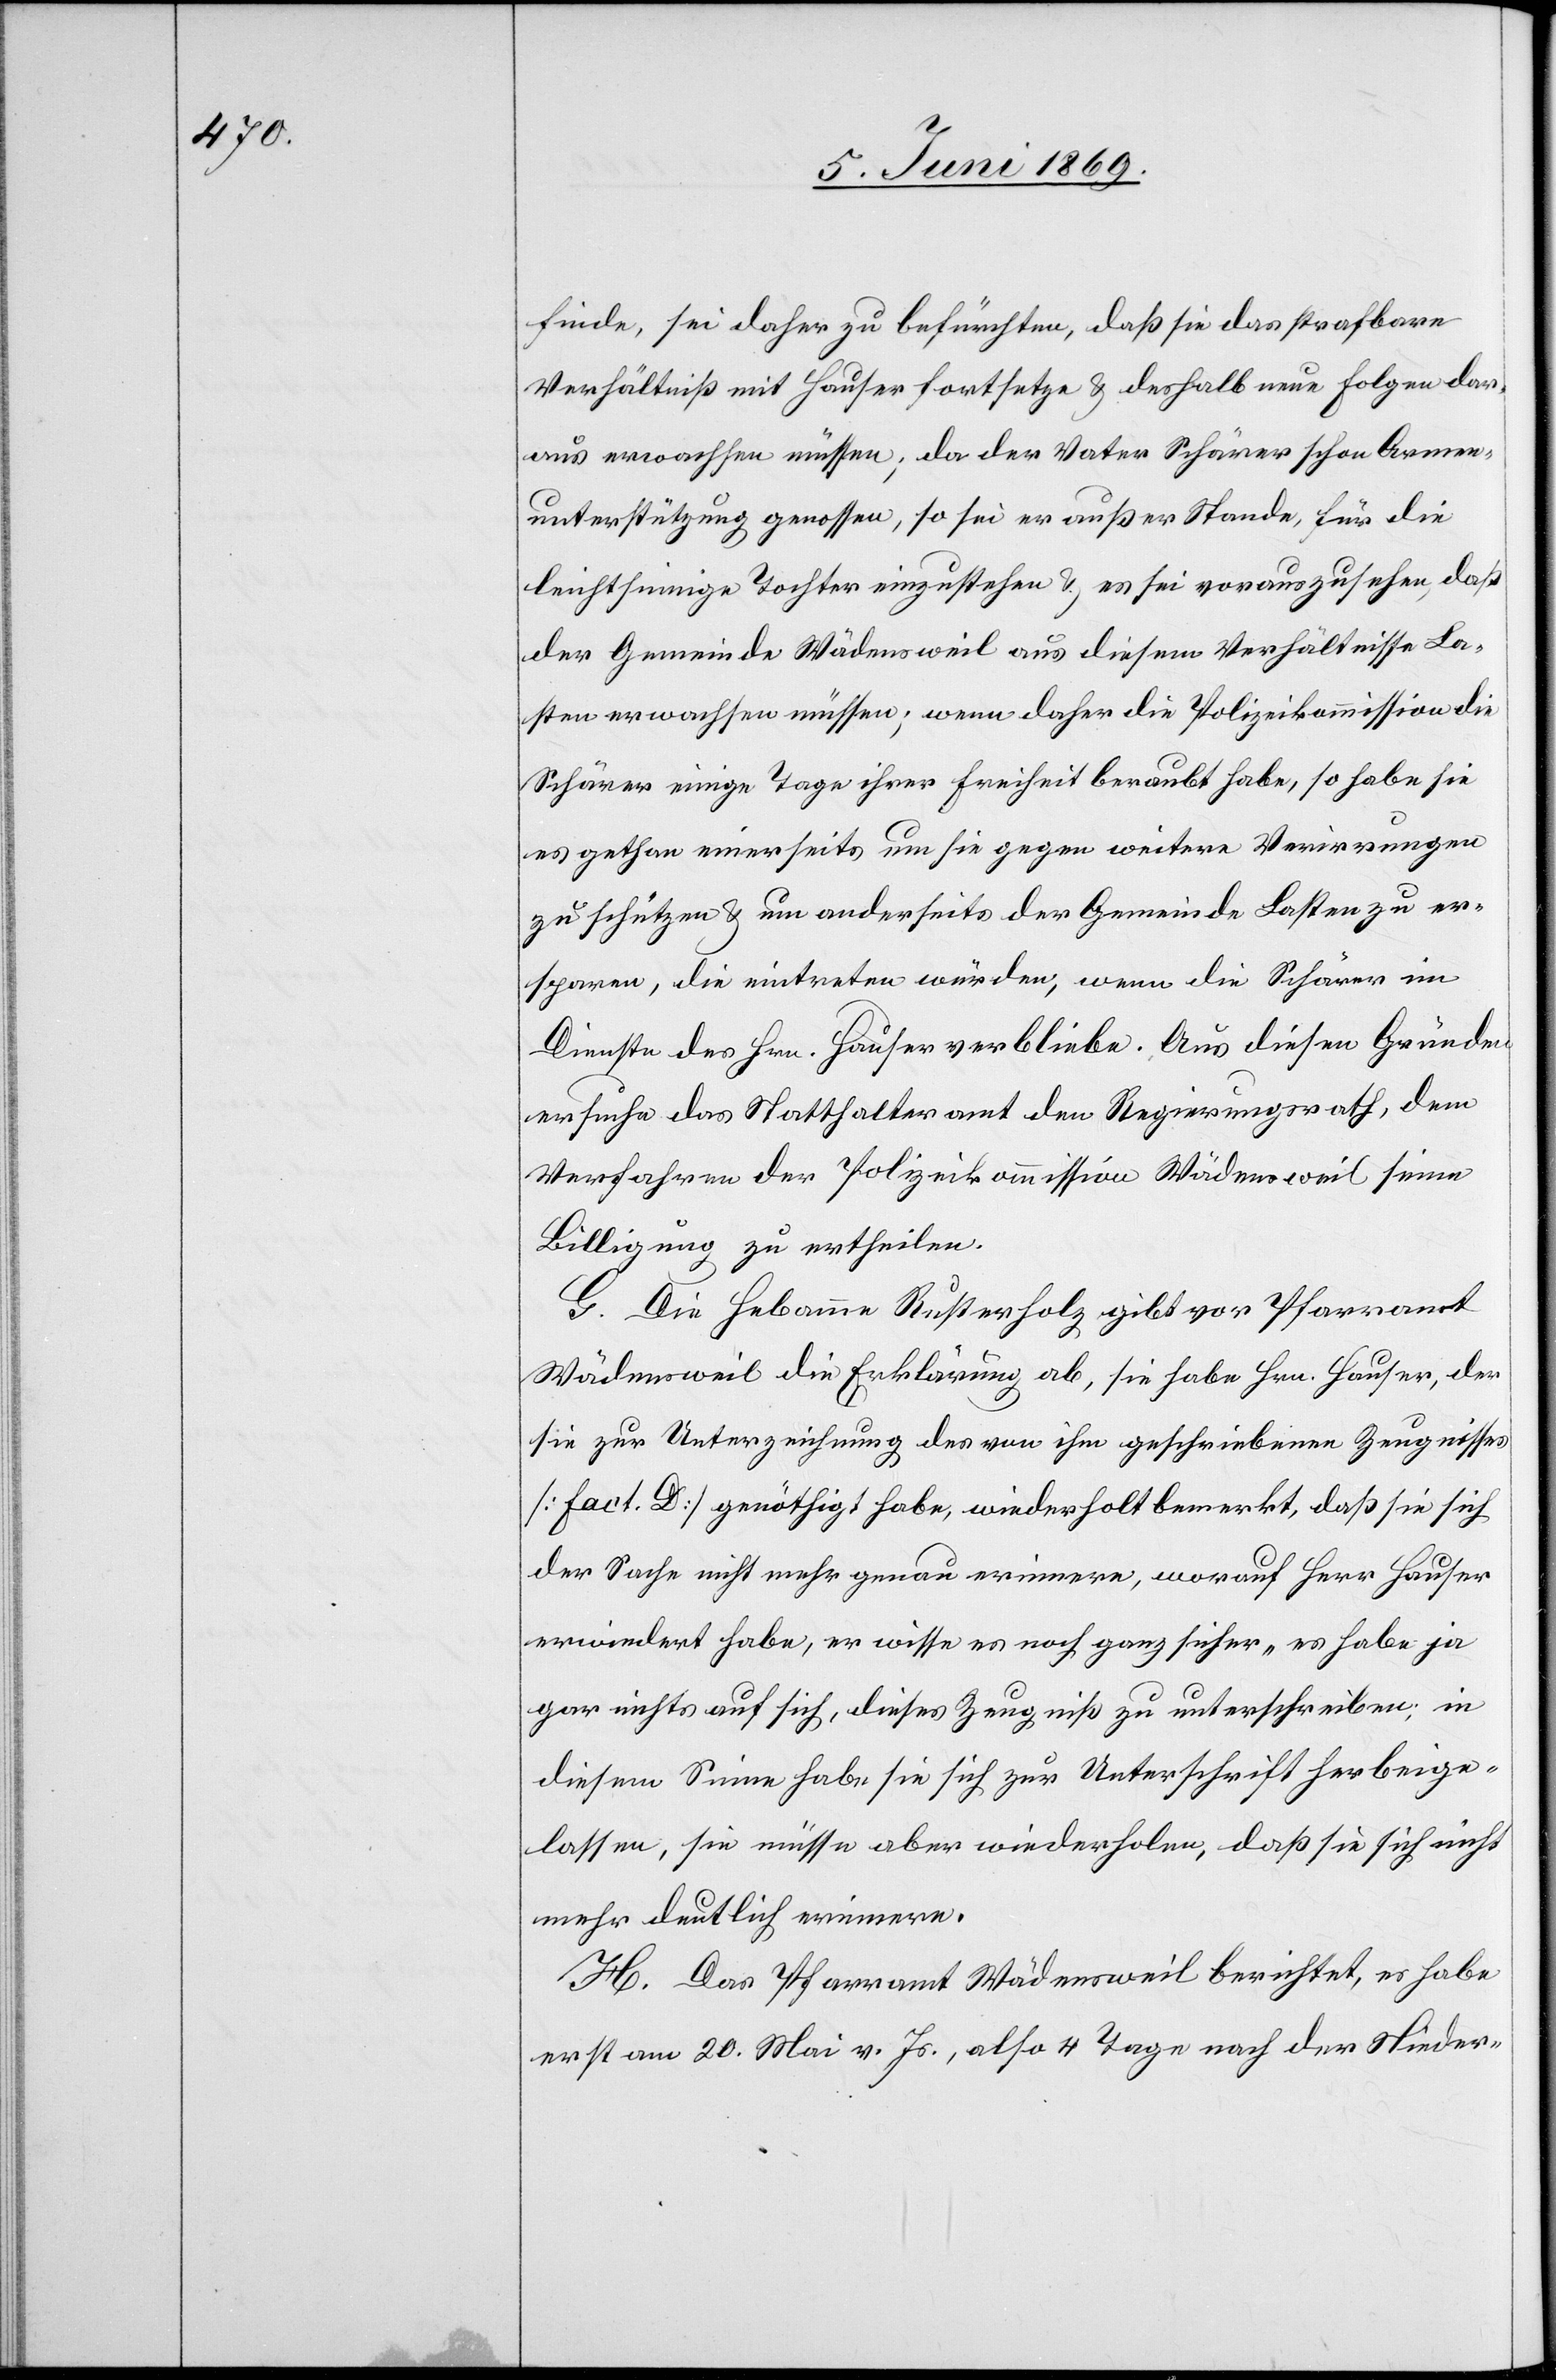
finde, sei daher zu befürchten, daß sie das strafbare
Verhältniß mit Hauser fortsetze, u. deshalb neue Folgen dar¬
aus erwachsen müssen; da der Vater Schärer schon Armen¬
unterstützung genossen, so sei er außer Stande, für die
leichtsinnige Tochter einzustehen u. es sei vorauszusehen, daß
der Gemeinde Wädensweil aus diesem Verhältnisse La¬
sten erwachsen müssen; wenn daher die Polizeikommission die
Schärer einige Tage ihrer Freiheit beraubt habe, so habe sie
es gethan einerseits um sie gegen weitere Verwirrungen
zu schützen u. um anderseits der Gemeinde Lasten zu er¬
sparen, die eintreten würden, wenn die Schärer im
Dienste des Hrn. Hauser verbliebe. Aus diesen Gründen
ersuche das Statthalteramt den Regierungsrath, dem
Verfahren der Polizeikommission Wädensweil seine
Billigung zu ertheilen.
G. Die Hebamme Rusterholz gibt vor Pfarramt
Wädensweil die Erklärung ab, sie habe Hrn. Hauser, der
sie zur Unterzeichnung des von ihm geschriebenen Zeugnisses
[Fact D] genöthigt habe, wiederholt bemerkt, daß sie sich
der Sache nicht mehr genau erinnere, worauf Herr Hauser
erwiedert habe, er wisse es noch ganz sicher „es habe ja
gar nichts auf sich, dieses Zeugniß zu unterschreiben[“], in
diesem Sinne habe sie sich zur Unterschrift herbeige¬
lassen, sie müsse aber wiederholen, daß sie sich nicht
mehr deutlich erinnere.
H. Das Pfarramt Wädensweil berichtet, es habe
erst am 20. Mai v. Js., also 4 Tage nach der Nieder-